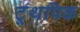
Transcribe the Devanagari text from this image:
टूथपिक